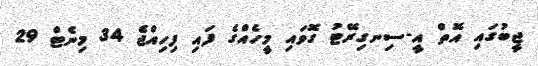
ޖީބުގައި އޮތް އީ-ސިނގިރޭޓު ގޮވައި މީހެއްގެ ފައި ފިހިއްޖެ 34 މިނެޓް 29